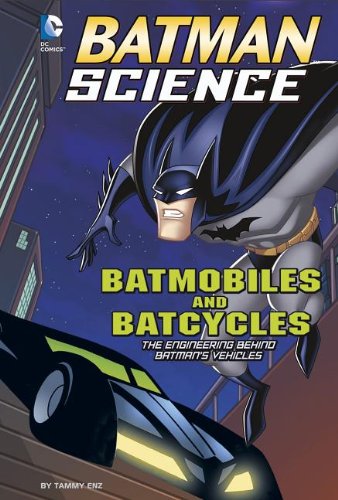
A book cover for Batmobiles and Batcycles: The Engineering Behind Batman's Vehicles (Batman Science); Tammy Enz; Children's Books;